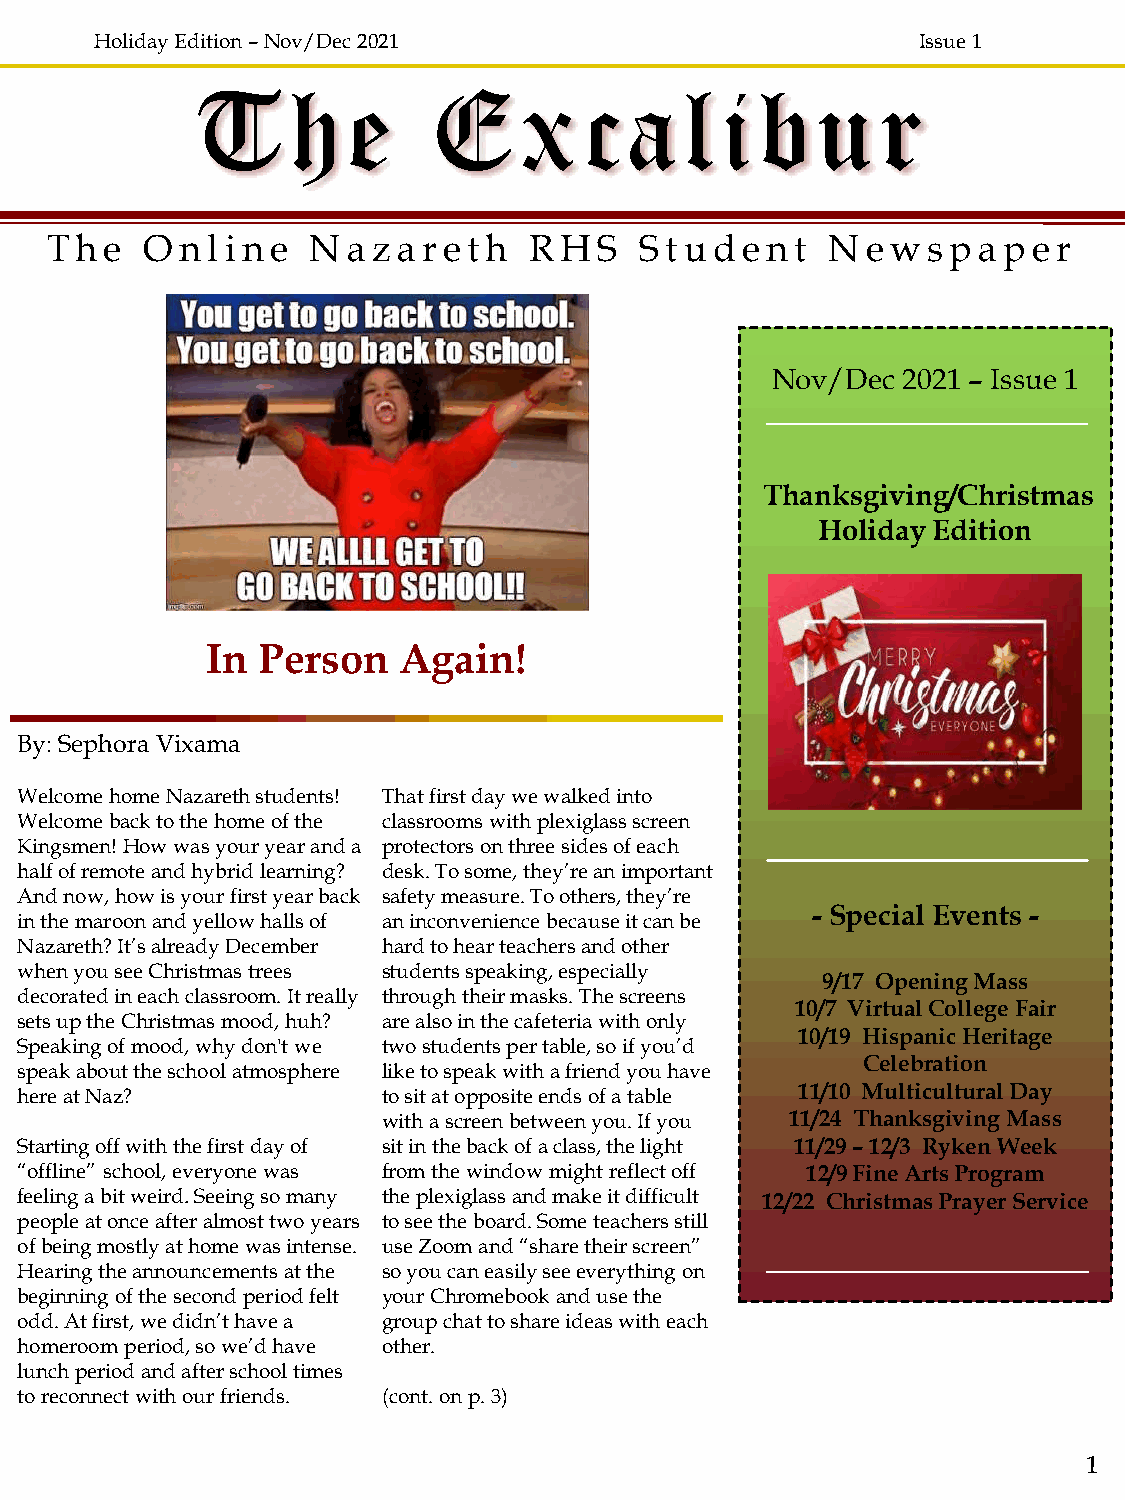
Holiday Edition –Nov/Dec 2021                          Issue 1
 The             Excalibur
 The    Onl  i ne N  azare   th  RH   S S tud  e nt  N e ws  pape   r
 Nov/Dec  2021 – Issue 1
 Thanksgiving/Christmas
 Holiday Edition
 In Person   Again!
 By: Sephora Vixama
 Welcome home Nazareth students! That first day we walked into
 Welcome back to the home of the classrooms with plexiglass screen
 Kingsmen! How was your year and a protectors on three sides of each
 half of remote and hybrid learning? desk. To some, they’re an important
 And now, how is your first year back safety measure. To others, they’re
 - Special Events -
 in the maroon and yellow halls of an inconvenience because it can be
 Nazareth? It’s already December hard to hear teachers and other
 when you see Christmas trees students speaking, especially
 9/17 Opening Mass
 decorated in each classroom. It really through their masks. The screens
 10/7 Virtual College Fair
 sets up the Christmas mood, huh? are also in the cafeteria with only
 10/19 Hispanic Heritage
 Speaking of mood, why don't we two students per table, so if you’d
 Celebration
 speak about the school atmosphere like to speak with a friend you have
 here at Naz?            to sit at opposite ends of a table 11/10 Multicultural Day
 with a screen between you. If you 11/24 Thanksgiving Mass
 Starting off with the first day of sit in the back of a class, the light 11/29 –12/3 Ryken Week
 “offline” school, everyone was from the window might reflect off 12/9 Fine Arts Program
 feeling a bit weird. Seeing so many the plexiglass and make it difficult 12/22 Christmas Prayer Service
 people at once after almost two years to see the board. Some teachers still
 of being mostly at home was intense. use Zoom and “share their screen”
 Hearing the announcements at the so you can easily see everything on
 beginning of the second period felt your Chromebook and use the
 odd. At first, we didn’t have a group chat to share ideas with each
 homeroom period, so we’d have other.
 lunch period and after school times
 to reconnect with our friends. (cont. on p. 3)
 1